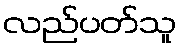
လည်ပတ်သူ